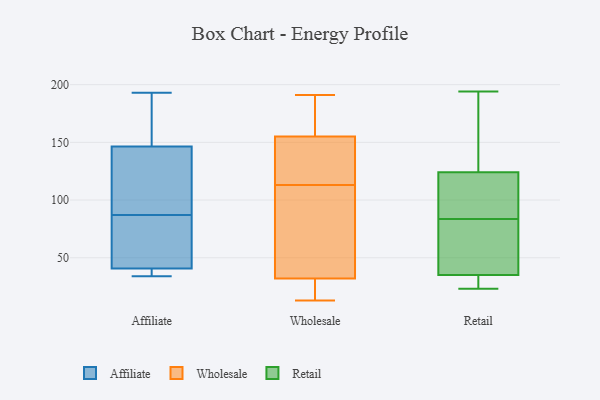
{"axis": {"x": "Net Income (USD K)", "y": "Value"}, "legend": ["Affiliate", "Retail", "Wholesale"], "data": [{"x": "", "y": 55, "type": "Affiliate"}, {"x": "", "y": 40, "type": "Affiliate"}, {"x": "", "y": 39, "type": "Affiliate"}, {"x": "", "y": 34, "type": "Affiliate"}, {"x": "", "y": 113, "type": "Affiliate"}, {"x": "", "y": 64, "type": "Affiliate"}, {"x": "", "y": 161, "type": "Affiliate"}, {"x": "", "y": 127, "type": "Affiliate"}, {"x": "", "y": 153, "type": "Affiliate"}, {"x": "", "y": 176, "type": "Affiliate"}, {"x": "", "y": 87, "type": "Affiliate"}, {"x": "", "y": 126, "type": "Affiliate"}, {"x": "", "y": 193, "type": "Affiliate"}, {"x": "", "y": 43, "type": "Affiliate"}, {"x": "", "y": 35, "type": "Affiliate"}, {"x": "", "y": 178, "type": "Wholesale"}, {"x": "", "y": 155, "type": "Wholesale"}, {"x": "", "y": 65, "type": "Wholesale"}, {"x": "", "y": 154, "type": "Wholesale"}, {"x": "", "y": 16, "type": "Wholesale"}, {"x": "", "y": 102, "type": "Wholesale"}, {"x": "", "y": 22, "type": "Wholesale"}, {"x": "", "y": 133, "type": "Wholesale"}, {"x": "", "y": 191, "type": "Wholesale"}, {"x": "", "y": 32, "type": "Wholesale"}, {"x": "", "y": 124, "type": "Wholesale"}, {"x": "", "y": 92, "type": "Wholesale"}, {"x": "", "y": 13, "type": "Wholesale"}, {"x": "", "y": 160, "type": "Wholesale"}, {"x": "", "y": 23, "type": "Retail"}, {"x": "", "y": 111, "type": "Retail"}, {"x": "", "y": 91, "type": "Retail"}, {"x": "", "y": 194, "type": "Retail"}, {"x": "", "y": 49, "type": "Retail"}, {"x": "", "y": 124, "type": "Retail"}, {"x": "", "y": 24, "type": "Retail"}, {"x": "", "y": 116, "type": "Retail"}, {"x": "", "y": 148, "type": "Retail"}, {"x": "", "y": 35, "type": "Retail"}, {"x": "", "y": 190, "type": "Retail"}, {"x": "", "y": 34, "type": "Retail"}, {"x": "", "y": 56, "type": "Retail"}, {"x": "", "y": 76, "type": "Retail"}]}